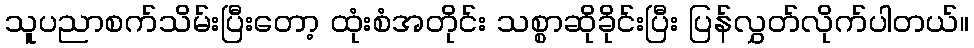
သူပညာစက်သိမ်းပြီးတော့ ထုံးစံအတိုင်း သစ္စာဆိုခိုင်းပြီး ပြန်လွှတ်လိုက်ပါတယ်။